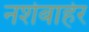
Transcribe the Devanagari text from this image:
नशेबाहेर